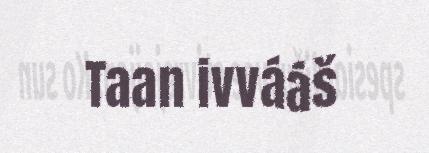
Taan ivvááš